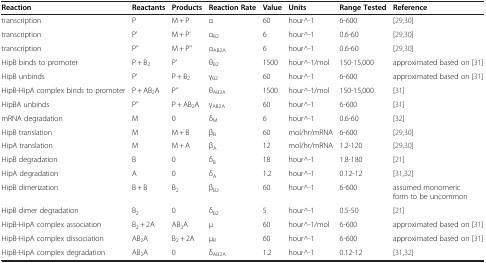
| Reaction | Reactants | Products | Reaction Rate | Value | Units | Range Tested | Reference |
 | --- | --- | --- | --- | --- | --- | --- | --- |
 | transcription | P | M + P | α | 60 | hour^-1 | 6-600 | [29,30] |
 | transcription | P' | M + P' | αB2 | 6 | hour^-1 | 0.6-60 | [29,30] |
 | transcription | P'' | M + P'' | αAB2A | 6 | hour^-1 | 0.6-60 | [29,30] |
 | HipB binds to promoter | P + B2 | P' | θB2 | 1500 | hour^-1/mol | 150-15,000 | approximated based on [31] |
 | HipB unbinds | P' | P + B2 | γB2 | 60 | hour^-1 | 6-600 | approximated based on [31] |
 | HipB-HipA complex binds to promoter | P + AB2A | P'' | θAB2A | 1500 | hour^-1/mol | 150-15,000 | [31] |
 | HipBA unbinds | P'' | P + AB2A | γAB2A | 60 | hour^-1 | 6-600 | [31] |
 | mRNA degradation | M | 0 | δM | 6 | hour^-1 | 0.6-60 | [32] |
 | HipB translation | M | M + B | βB | 60 | mol/hr/mRNA | 6-600 | [29,30] |
 | HipA translation | M | M + A | βA | 12 | mol/hr/mRNA | 1.2-120 | [29,30] |
 | HipB degradation | B | 0 | δB | 18 | hour^-1 | 1.8-180 | [21] |
 | HipA degradation | A | 0 | δA | 1.2 | hour^-1 | 0.12-12 | [31,32] |
 | HipB dimerization | B + B | B2 | βB2 | 60 | hour^-1 | 6-600 | assumed monomeric form to be uncommon |
 | HipB dimer degradation | B2 | 0 | δB2 | 5 | hour^-1 | 0.5-50 | [21] |
 | HipB-HipA complex association | B2 + 2A | AB2A | μ | 60 | hour^-1/mol | 6-600 | approximated based on [31] |
 | HipB-HipA complex dissociation | AB2A | B2 + 2A | μR | 60 | hour^-1 | 6-600 | approximated based on [31] |
 | HipB-HipA complex degradation | AB2A | 0 | δAB2A | 1.2 | hour^-1 | 0.12-12 | [31,32] |